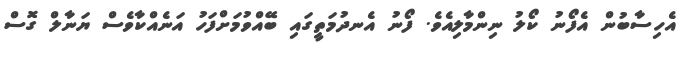
އެހިސާބުން އެފޯނު ކޯލު ނިންމާލިއެވެ. ފޯނު އެނދުމަތީގައި ބޭއްވުމަށްފަހު އަނެއްކާވެސް ޔަނާލް ގޮސް